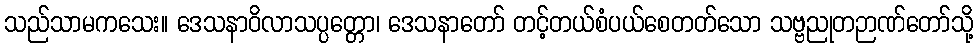
သည်သာမကသေး။ ဒေသနာဝိလာသပ္ပတ္တော၊ ဒေသနာတော် တင့်တယ်စံပယ်စေတတ်သော သဗ္ဗညုတဉာဏ်တော်သို့